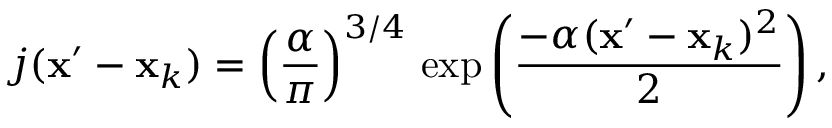
j ( { \bf x } ^ { \prime } - { \bf x } _ { k } ) = \left( \frac { \alpha } { \pi } \right) ^ { 3 / 4 } \, \mathrm { \exp } \left( \frac { - \alpha ( { \bf x } ^ { \prime } - { \bf x } _ { k } ) ^ { 2 } } { 2 } \right) ,